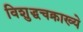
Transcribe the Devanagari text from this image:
विशुद्धचक्राख्ये